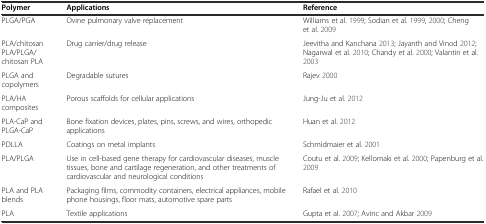
| Polymer | Applications | Reference |
 | --- | --- | --- |
 | PLGA/PGA | Ovine pulmonary valve replacement | Williams et al. 1999; Sodian et al. 1999, 2000; Cheng et al. 2009 |
 | PLA/chitosan PLA/PLGA/chitosan PLA | Drug carrier/drug release | Jeevitha and Kanchana 2013; Jayanth and Vinod 2012; Nagarwal et al. 2010; Chandy et al. 2000; Valantin et al. 2003 |
 | PLGA and copolymers | Degradable sutures | Rajev 2000 |
 | PLA/HA composites | Porous scaffolds for cellular applications | Jung-Ju et al. 2012 |
 | PLA-CaP and PLGA-CaP | Bone fixation devices, plates, pins, screws, and wires, orthopedic applications | Huan et al. 2012 |
 | PDLLA | Coatings on metal implants | Schmidmaier et al. 2001 |
 | PLA/PLGA | Use in cell-based gene therapy for cardiovascular diseases, muscle tissues, bone and cartilage regeneration, and other treatments of cardiovascular and neurological conditions | Coutu et al. 2009; Kellomaki et al. 2000; Papenburg et al. 2009 |
 | PLA and PLA blends | Packaging films, commodity containers, electrical appliances, mobile phone housings, floor mats, automotive spare parts | Rafael et al. 2010 |
 | PLA | Textile applications | Gupta et al. 2007; Avinc and Akbar 2009 |